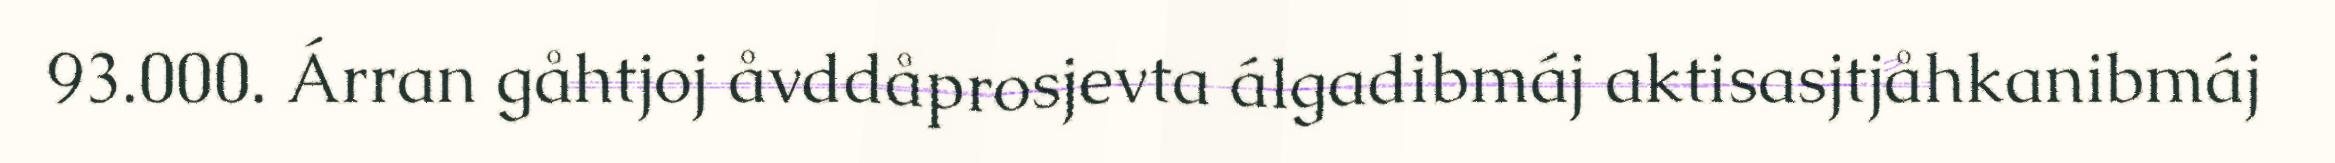
93.000. Árran gåhtjoj åvddåprosjevta álgadibmáj aktisasjtjåhkanibmáj